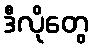
ဒီလိုတွေ